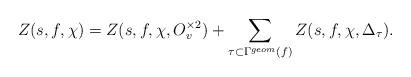
LaTeX: \begin{align*}Z(s,f, \chi)=Z(s,f, \chi, O_{v}^{\times 2}) + \sum_{\tau \subset \Gamma^{geom}(f)} Z(s,f, \chi, \Delta_\tau).\end{align*}